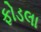
ફોડલા